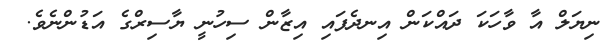
ނިޔަލް އާ ވާހަކަ ދައްކަން އިނދެފައި އިޒާން ސިހުނީ ޔާސިރްގެ އަޑުންނެވެ.